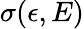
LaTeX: \sigma(\epsilon,E)